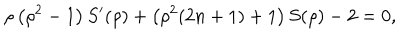
\rho \left( \rho ^ { 2 } - 1 \right) S ^ { \prime } ( \rho ) + \left( \rho ^ { 2 } ( 2 n + 1 ) + 1 \right) S ( \rho ) - 2 = 0 ,